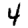
Digit: 4